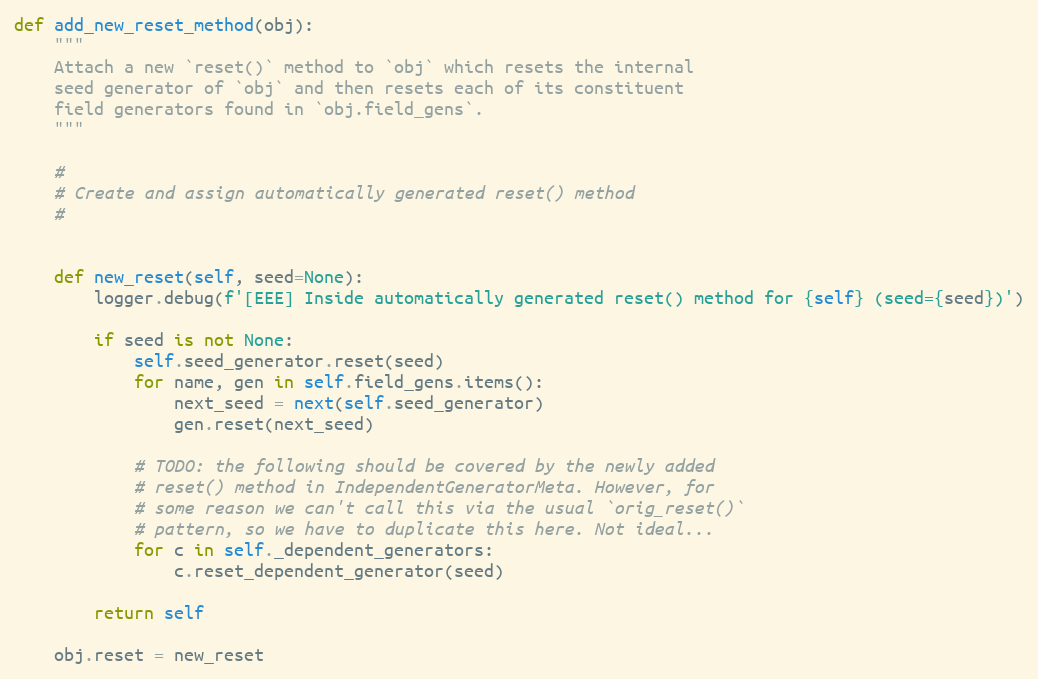
Language: Python
def add_new_reset_method(obj):
    """
    Attach a new `reset()` method to `obj` which resets the internal
    seed generator of `obj` and then resets each of its constituent
    field generators found in `obj.field_gens`.
    """

    #
    # Create and assign automatically generated reset() method
    #

    def new_reset(self, seed=None):
        logger.debug(f'[EEE] Inside automatically generated reset() method for {self} (seed={seed})')

        if seed is not None:
            self.seed_generator.reset(seed)
            for name, gen in self.field_gens.items():
                next_seed = next(self.seed_generator)
                gen.reset(next_seed)

            # TODO: the following should be covered by the newly added
            # reset() method in IndependentGeneratorMeta. However, for
            # some reason we can't call this via the usual `orig_reset()`
            # pattern, so we have to duplicate this here. Not ideal...
            for c in self._dependent_generators:
                c.reset_dependent_generator(seed)

        return self

    obj.reset = new_reset